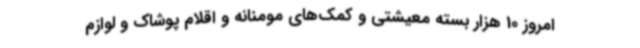
امروز 10 هزار بسته معیشتی و کمک‌های مومنانه و اقلام پوشاک و لوازم